Indian journal of veterinary science and animal husbandry - Volume 5,
Year: 1935
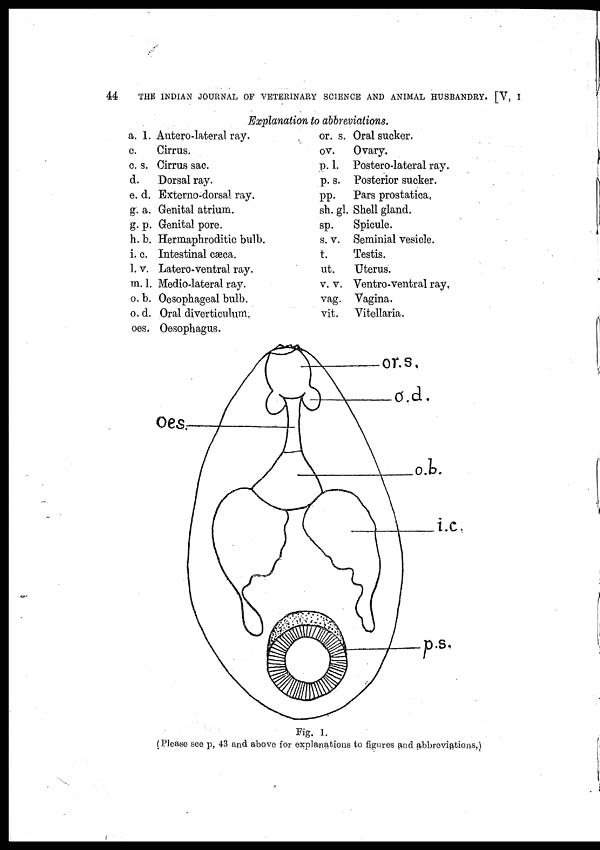
44
THE INDIAN JOURNAL OF VETERINARY SCIENCE AND ANIMAL HUSBANDRY. [V, I
a. 1.
c.
c. s.
d.
e. d.
g. a.
g. p.
h. b.
i. c.
l. v.
m. l.
o. b.
o. d.
oes.
Explanation to abbreviations.
Antero-lateral ray.
Cirrus.
Cirrus sac.
Dorsal ray.
Externo-dorsal ray.
Genital atrium.
Genital pore.
Hermaphroditic bulb.
Intestinal cæca.
Latero-ventral ray.
Medio-lateral ray.
Oesophageal bulb.
Oral diverticulum.
Oesophagus.
or. s. Oral sucker.
ov. Ovary.
p. l. Postero-lateral ray.
p. s. Posterior sucker.
pp. Pars prostatica.
sh. gl. Shell gland.
sp.
Spicule.
s. v. Seminial vesicle.
t.
Testis.
ut.
Uterus.
v. v. Ventro-ventral ray.
vag. Vagina.
vit. Vitellaria.
Fig. I.
(Please see p, 43 and above for explanations to figures and abbreviations,)